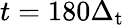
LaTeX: t=180\Delta_{\mathrm{t}}